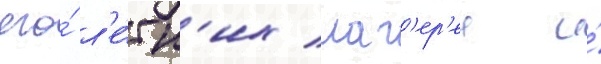
его́ л'е́тн'их лаг'ер'еи и́